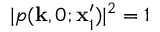
| p ( \mathbf { k } , 0 ; \mathbf { x } _ { 1 } ^ { \prime } ) | ^ { 2 } = 1